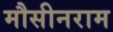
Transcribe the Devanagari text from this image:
मौसीनराम